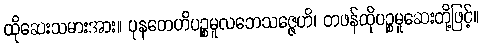
ထိုဆေးသမားအား။ ပုနတေဟိပဉ္စမူလဘေသဇ္ဇေဟိ၊ တဖန်ထိုပဉ္စမူဆေးတို့ဖြင့်။